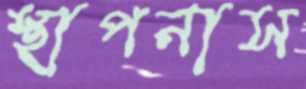
স্থাপনাস